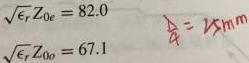
\begin{align*}
\sqrt{\epsilon_r}Z_{0o}&= 82.0\\
\sqrt{\epsilon_r}Z_{0e}&= 67.1\\
\lambda&= 25\text{mm}
\end{align*}